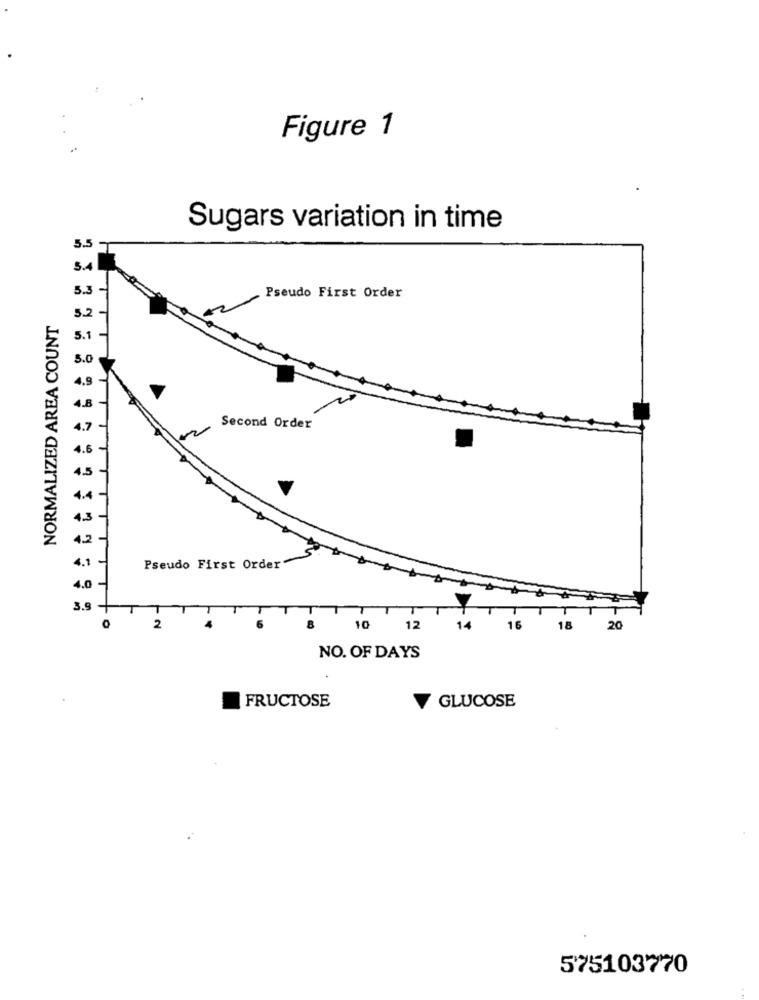
Figure 1
Sugars variation in time
5.5
5.4
5.3
Pseudo First Order
3.2
NORMALIZED AREA COUNT
5.1
5.0
Second Order
Pseudo First Order"
3.5
2
10
12
14
16
18
20
NO. OF DAYS
GLUCOSE
FRUCTOSE
575103770